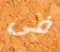
فى